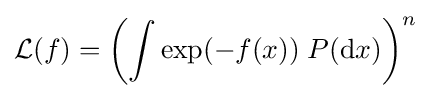
{\mathcal {L}}(f)=\left(\int \exp(-f(x))\;P(\mathrm {d} x)\right)^{n}